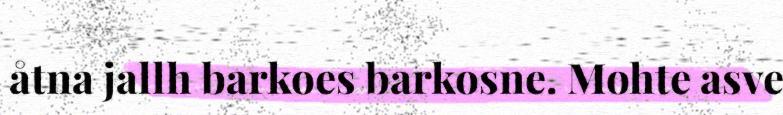
åtna jallh barkoes barkosne. Mohte asve